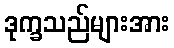
ဒုက္ခသည်များအား